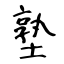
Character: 塾